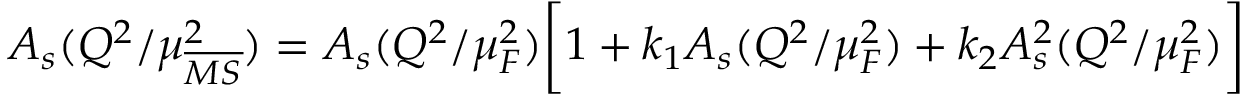
A _ { s } ( Q ^ { 2 } / \mu _ { \overline { { { M S } } } } ^ { 2 } ) = A _ { s } ( Q ^ { 2 } / \mu _ { F } ^ { 2 } ) \bigg [ 1 + k _ { 1 } A _ { s } ( Q ^ { 2 } / \mu _ { F } ^ { 2 } ) + k _ { 2 } A _ { s } ^ { 2 } ( Q ^ { 2 } / \mu _ { F } ^ { 2 } ) \bigg ]